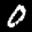
Label: 0